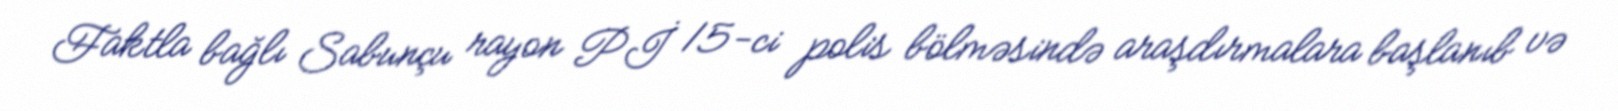
Faktla bağlı Sabunçu rayon Pİ 15-ci polis bölməsində araşdırmalara başlanıb və